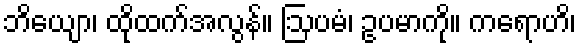
ဘိယျော၊ ထိုထက်အလွန်။ ဩပမံ၊ ဥပမာကို။ ကရောဟိ၊